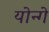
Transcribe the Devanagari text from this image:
योन्गे